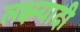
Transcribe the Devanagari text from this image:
लक्ष्म्यादी